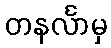
တနင်္လာမှ